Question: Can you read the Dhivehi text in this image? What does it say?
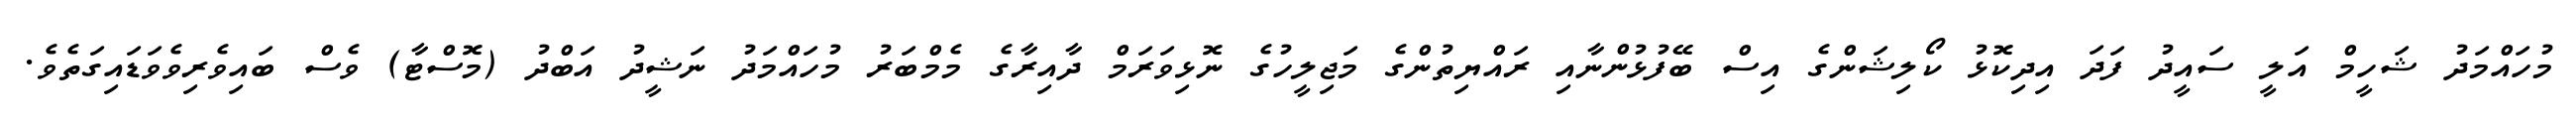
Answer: މުހައްމަދު ޝަހީމް އަލީ ސައީދު ފަދަ އިދިކޮޅު ކޯލިޝަންގެ އިސް ބޭފުޅުންނާއި ރައްޔިތުންގެ މަޖިލީހުގެ ނޮޅިވަރަމް ދާއިރާގެ މެމްބަރު މުހައްމަދު ނަޝީދު އަބްދު (މޮސްޓާ) ވެސް ބައިވެރިވެވަޑައިގަތެވެ.